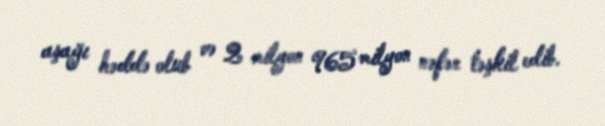
aşağı həddə olub və 2 milyon 965 milyon nəfər təşkil edib.